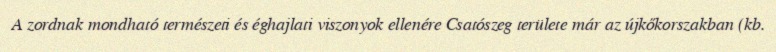
A zordnak mondható természeti és éghajlati viszonyok ellenére Csatószeg területe már az újkőkorszakban (kb.